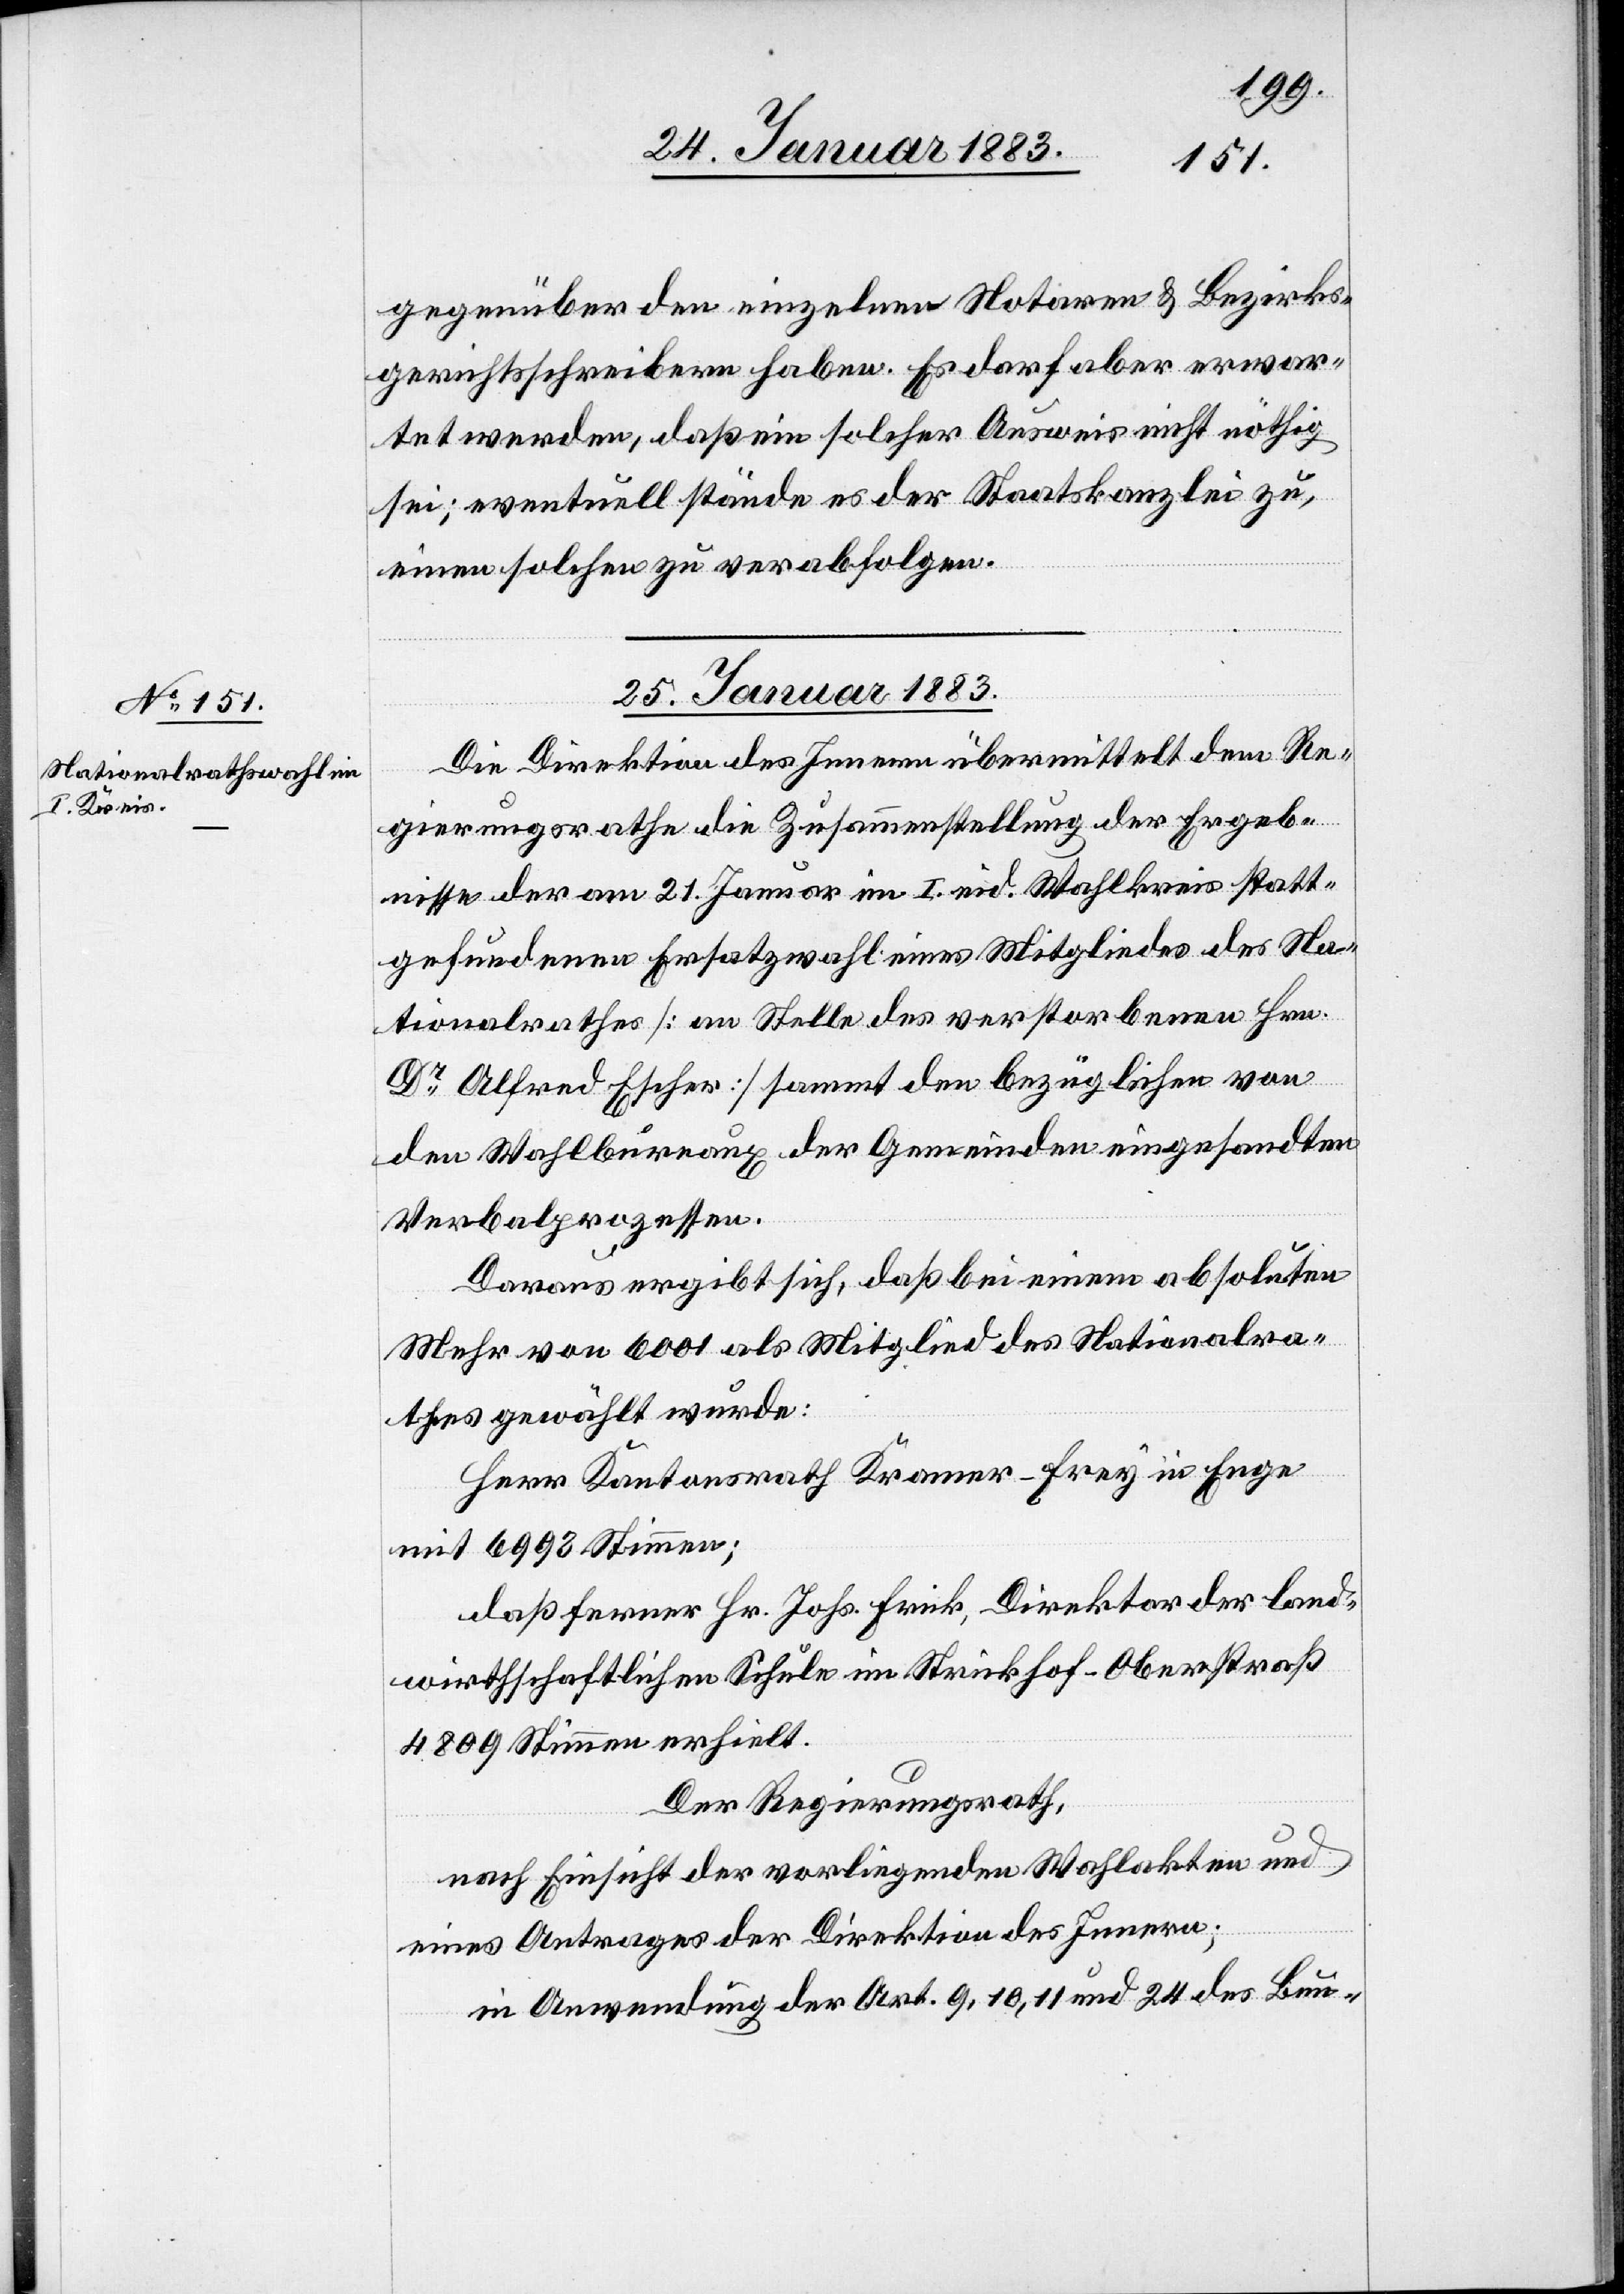
gegenüber den einzelnen Notaren & Bezirks¬
gerichtsschreibern haben. Es darf aber erwar¬
tet werden, daß ein solcher Ausweis nicht nöthig
sei; eventuell stände es der Staatskanzlei zu,
einen solchen zu verabfolgen.
25. Januar 1883.
Die Direktion des Innern übermittelt dem Re¬
gierungsrathe die Zusammenstellung der Ergeb¬
nisse der am 21. Januar im I. eid. Wahlkreis statt¬
gefundenen Ersatzwahl eines Mitgliedes des Na¬
tionalrathes [an Stelle des verstorbenen Hrn.
Dr Alfred Escher] sammt den bezüglichen von
den Wahlbureaux der Gemeinden eingesandten
Verbalprozessen.
Daraus ergibt sich, daß bei einem absoluten
Mehr von 6001 als Mitglied des Nationalra¬
thes gewählt wurde:
Herr Kantonsrath Kramer-Frey in Enge
mit 6993 Stimmen;
daß ferner Hr. Johs. Frick, Direktor der land¬
wirthschaftlichen Schule im Strickhof - Oberstraß
4809 Stimmen erhielt.
Der Regierungsrath,
nach Einsicht der vorliegenden Wahlakten und
eines Antrages der Direktion des Innern,
in Anwendung der Art. 9, 10, 11 und 24 des Bun-